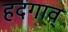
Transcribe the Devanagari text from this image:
हदगाव्